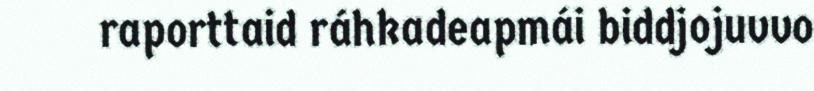
raporttaid ráhkadeapmái biddjojuvvo